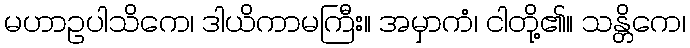
မဟာဥပါသိကေ၊ ဒါယိကာမကြီး။ အမှာကံ၊ ငါတို့၏။ သန္တိကေ၊